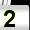
Digit: 2